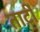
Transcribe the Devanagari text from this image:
ताटीं